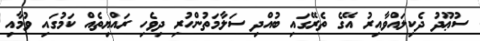
ސުޢޫދު ދެކިލައްވާއިރު އޭގެ ތެރޭގައި ބުއްދި ސަލާމަތުންހުރި ދިވެހި ރައްޔިތެއް ކަމުގައި ވުމާއި